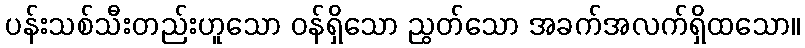
ပန်းသစ်သီးတည်းဟူသော ဝန်ရှိသော ညွတ်သော အခက်အလက်ရှိထသော။